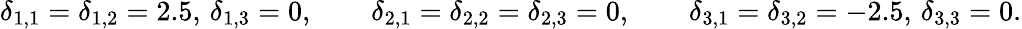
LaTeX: \delta_{1,1}=\delta_{1,2}=2.5,\, \delta_{1,3}=0,\qquad\delta_{2,1}=\delta_{2,2}=\delta_{2,3}=0,\qquad\delta_{3,1}=\delta_{3,2}=-2.5,\, \delta_{3,3}=0.